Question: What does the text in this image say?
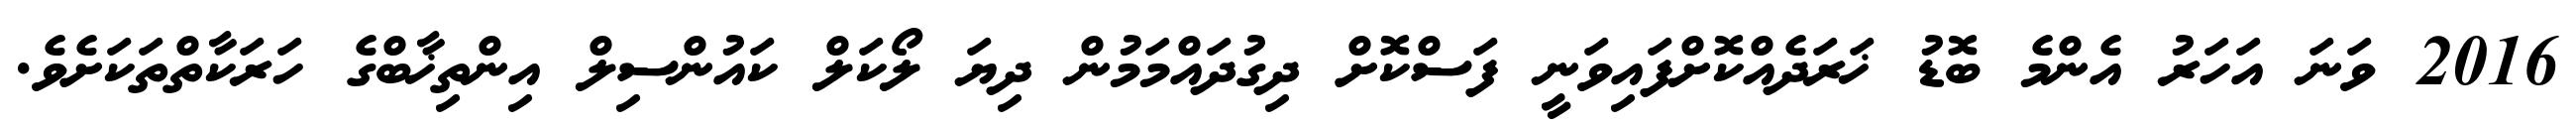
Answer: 2016 ވަނަ އަހަރު އެންމެ ބޮޑު ޚަރަދެއްކޮށްފައިވަނީ ފަސްކޮށް ދިގުދައްމަމުން ދިޔަ ލޯކަލް ކައުންސިލް އިންތިޚާބްގެ ހަރަކާތްތަކަށެވެ.